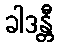
ခါဒန္တီ